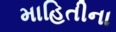
માહિતીના